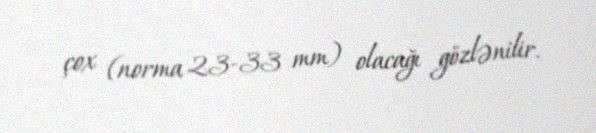
çox (norma 23-33 mm) olacağı gözlənilir.